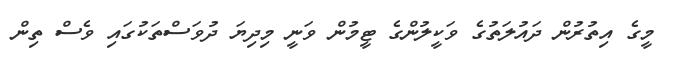
މީގެ އިތުރުން ދައުލަތުގެ ވަކީލުންގެ ޓީމުން ވަނީ މިދިޔަ ދުވަސްތަކުގައި ވެސް ތިން